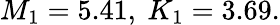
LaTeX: M_{1}=5.41{\mathrm{,~}}K_{1}=3.69.